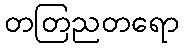
တတြညတရော